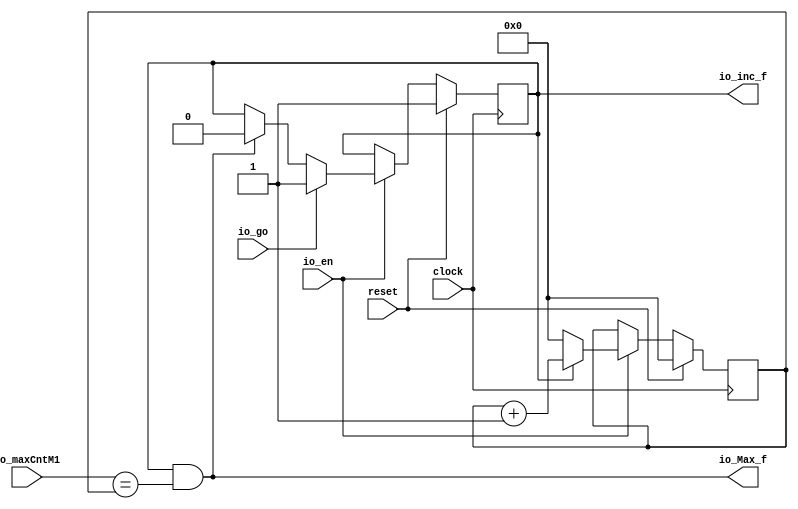
// Copyright (c) 2018  LulinChen, All Rights Reserved
// AUTHOR'S EMAIL : lulinchen@aliyun.com 
// Release history
// VERSION Date AUTHOR DESCRIPTION

module DmtCnt0( // @[:@3.2]
  input         clock, // @[:@4.4]
  input         reset, // @[:@5.4]
  input         io_en, // @[:@6.4]
  input         io_go, // @[:@6.4]
  input  [10:0] io_maxCntM1, // @[:@6.4]
  output        io_inc_f, // @[:@6.4]
  output        io_Max_f // @[:@6.4]
);
  reg [10:0] cnt_reg; // @[monitor.scala 37:26:@8.4]
  reg [31:0] _RAND_0;
  reg  inc_f_reg; // @[monitor.scala 38:28:@9.4]
  reg [31:0] _RAND_1;
  wire  _GEN_0; // @[monitor.scala 42:33:@15.8]
  wire  _GEN_1; // @[monitor.scala 41:21:@11.6]
  wire [11:0] _T_18; // @[monitor.scala 43:43:@18.6]
  wire [10:0] _T_19; // @[monitor.scala 43:43:@19.6]
  wire [10:0] _T_21; // @[monitor.scala 43:23:@20.6]
  wire  _GEN_2; // @[monitor.scala 40:17:@10.4]
  wire [10:0] _GEN_3; // @[monitor.scala 40:17:@10.4]
  wire  _T_22; // @[monitor.scala 46:43:@23.4]
  assign _GEN_0 = io_Max_f ? 1'h0 : inc_f_reg; // @[monitor.scala 42:33:@15.8]
  assign _GEN_1 = io_go ? 1'h1 : _GEN_0; // @[monitor.scala 41:21:@11.6]
  assign _T_18 = cnt_reg + 11'h1; // @[monitor.scala 43:43:@18.6]
  assign _T_19 = _T_18[10:0]; // @[monitor.scala 43:43:@19.6]
  assign _T_21 = inc_f_reg ? _T_19 : 11'h0; // @[monitor.scala 43:23:@20.6]
  assign _GEN_2 = io_en ? _GEN_1 : inc_f_reg; // @[monitor.scala 40:17:@10.4]
  assign _GEN_3 = io_en ? _T_21 : cnt_reg; // @[monitor.scala 40:17:@10.4]
  assign _T_22 = io_maxCntM1 == cnt_reg; // @[monitor.scala 46:43:@23.4]
  assign io_inc_f = inc_f_reg; // @[monitor.scala 49:14:@32.4]
  assign io_Max_f = inc_f_reg & _T_22; // @[monitor.scala 46:14:@25.4]
`ifdef RANDOMIZE_GARBAGE_ASSIGN
`define RANDOMIZE
`endif
`ifdef RANDOMIZE_INVALID_ASSIGN
`define RANDOMIZE
`endif
`ifdef RANDOMIZE_REG_INIT
`define RANDOMIZE
`endif
`ifdef RANDOMIZE_MEM_INIT
`define RANDOMIZE
`endif
`ifndef RANDOM
`define RANDOM $random
`endif
`ifdef RANDOMIZE
  integer initvar;
  initial begin
    `ifdef INIT_RANDOM
      `INIT_RANDOM
    `endif
    `ifndef VERILATOR
      `ifdef RANDOMIZE_DELAY
        #`RANDOMIZE_DELAY begin end
      `else
        #0.002 begin end
      `endif
    `endif
  `ifdef RANDOMIZE_REG_INIT
  _RAND_0 = {1{`RANDOM}};
  cnt_reg = _RAND_0[10:0];
  `endif // RANDOMIZE_REG_INIT
  `ifdef RANDOMIZE_REG_INIT
  _RAND_1 = {1{`RANDOM}};
  inc_f_reg = _RAND_1[0:0];
  `endif // RANDOMIZE_REG_INIT
  end
`endif // RANDOMIZE
  always @(posedge clock) begin
    if (reset) begin
      cnt_reg <= 11'h0;
    end else begin
      if (io_en) begin
        if (inc_f_reg) begin
          cnt_reg <= _T_19;
        end else begin
          cnt_reg <= 11'h0;
        end
      end
    end
    if (reset) begin
      inc_f_reg <= 1'h1;
    end else begin
      if (io_en) begin
        if (io_go) begin
          inc_f_reg <= 1'h1;
        end else begin
          if (io_Max_f) begin
            inc_f_reg <= 1'h0;
          end
        end
      end
    end
  end
endmodule
module DmtCnt( // @[:@34.2]
  input         clock, // @[:@35.4]
  input         reset, // @[:@36.4]
  input         io_en, // @[:@37.4]
  input         io_go, // @[:@37.4]
  input  [10:0] io_maxCntM1, // @[:@37.4]
  output [10:0] io_cnt, // @[:@37.4]
  output        io_inc_f, // @[:@37.4]
  output        io_Max_f // @[:@37.4]
);
  reg [10:0] cnt_reg; // @[monitor.scala 19:26:@39.4]
  reg [31:0] _RAND_0;
  reg  inc_f_reg; // @[monitor.scala 20:28:@40.4]
  reg [31:0] _RAND_1;
  wire  _GEN_0; // @[monitor.scala 24:29:@46.8]
  wire  _GEN_1; // @[monitor.scala 23:21:@42.6]
  wire [11:0] _T_18; // @[monitor.scala 25:43:@49.6]
  wire [10:0] _T_19; // @[monitor.scala 25:43:@50.6]
  wire [10:0] _T_21; // @[monitor.scala 25:23:@51.6]
  wire  _GEN_2; // @[monitor.scala 22:17:@41.4]
  wire [10:0] _GEN_3; // @[monitor.scala 22:17:@41.4]
  wire  _T_22; // @[monitor.scala 28:43:@54.4]
  assign _GEN_0 = io_Max_f ? 1'h0 : inc_f_reg; // @[monitor.scala 24:29:@46.8]
  assign _GEN_1 = io_go ? 1'h1 : _GEN_0; // @[monitor.scala 23:21:@42.6]
  assign _T_18 = cnt_reg + 11'h1; // @[monitor.scala 25:43:@49.6]
  assign _T_19 = _T_18[10:0]; // @[monitor.scala 25:43:@50.6]
  assign _T_21 = inc_f_reg ? _T_19 : 11'h0; // @[monitor.scala 25:23:@51.6]
  assign _GEN_2 = io_en ? _GEN_1 : inc_f_reg; // @[monitor.scala 22:17:@41.4]
  assign _GEN_3 = io_en ? _T_21 : cnt_reg; // @[monitor.scala 22:17:@41.4]
  assign _T_22 = io_maxCntM1 == cnt_reg; // @[monitor.scala 28:43:@54.4]
  assign io_cnt = cnt_reg; // @[monitor.scala 30:12:@62.4]
  assign io_inc_f = inc_f_reg; // @[monitor.scala 31:14:@63.4]
  assign io_Max_f = inc_f_reg & _T_22; // @[monitor.scala 28:14:@56.4]
`ifdef RANDOMIZE_GARBAGE_ASSIGN
`define RANDOMIZE
`endif
`ifdef RANDOMIZE_INVALID_ASSIGN
`define RANDOMIZE
`endif
`ifdef RANDOMIZE_REG_INIT
`define RANDOMIZE
`endif
`ifdef RANDOMIZE_MEM_INIT
`define RANDOMIZE
`endif
`ifndef RANDOM
`define RANDOM $random
`endif
`ifdef RANDOMIZE
  integer initvar;
  initial begin
    `ifdef INIT_RANDOM
      `INIT_RANDOM
    `endif
    `ifndef VERILATOR
      `ifdef RANDOMIZE_DELAY
        #`RANDOMIZE_DELAY begin end
      `else
        #0.002 begin end
      `endif
    `endif
  `ifdef RANDOMIZE_REG_INIT
  _RAND_0 = {1{`RANDOM}};
  cnt_reg = _RAND_0[10:0];
  `endif // RANDOMIZE_REG_INIT
  `ifdef RANDOMIZE_REG_INIT
  _RAND_1 = {1{`RANDOM}};
  inc_f_reg = _RAND_1[0:0];
  `endif // RANDOMIZE_REG_INIT
  end
`endif // RANDOMIZE
  always @(posedge clock) begin
    if (reset) begin
      cnt_reg <= 11'h0;
    end else begin
      if (io_en) begin
        if (inc_f_reg) begin
          cnt_reg <= _T_19;
        end else begin
          cnt_reg <= 11'h0;
        end
      end
    end
    if (reset) begin
      inc_f_reg <= 1'h0;
    end else begin
      if (io_en) begin
        if (io_go) begin
          inc_f_reg <= 1'h1;
        end else begin
          if (io_Max_f) begin
            inc_f_reg <= 1'h0;
          end
        end
      end
    end
  end
endmodule
module monitor( // @[:@251.2]
  input         clock, // @[:@252.4]
  input         reset, // @[:@253.4]
  input         io_en, // @[:@254.4]
  input  [10:0] io_hfp_m1, // @[:@254.4]
  input  [10:0] io_hs_m1, // @[:@254.4]
  input  [10:0] io_hbp_m1, // @[:@254.4]
  input  [10:0] io_width_m1, // @[:@254.4]
  input  [10:0] io_vfp_m1, // @[:@254.4]
  input  [10:0] io_vs_m1, // @[:@254.4]
  input  [10:0] io_vbp_m1, // @[:@254.4]
  input  [10:0] io_height_m1, // @[:@254.4]
  output [10:0] io_cnt_h, // @[:@254.4]
  output [10:0] io_cnt_v, // @[:@254.4]
  output        io_vsync, // @[:@254.4]
  output        io_hsync, // @[:@254.4]
  output        io_de // @[:@254.4]
);
  wire  dmtc_hfp_clock; // @[monitor.scala 94:26:@273.4]
  wire  dmtc_hfp_reset; // @[monitor.scala 94:26:@273.4]
  wire  dmtc_hfp_io_en; // @[monitor.scala 94:26:@273.4]
  wire  dmtc_hfp_io_go; // @[monitor.scala 94:26:@273.4]
  wire [10:0] dmtc_hfp_io_maxCntM1; // @[monitor.scala 94:26:@273.4]
  wire  dmtc_hfp_io_inc_f; // @[monitor.scala 94:26:@273.4]
  wire  dmtc_hfp_io_Max_f; // @[monitor.scala 94:26:@273.4]
  wire  dmtc_hs_clock; // @[monitor.scala 95:26:@276.4]
  wire  dmtc_hs_reset; // @[monitor.scala 95:26:@276.4]
  wire  dmtc_hs_io_en; // @[monitor.scala 95:26:@276.4]
  wire  dmtc_hs_io_go; // @[monitor.scala 95:26:@276.4]
  wire [10:0] dmtc_hs_io_maxCntM1; // @[monitor.scala 95:26:@276.4]
  wire [10:0] dmtc_hs_io_cnt; // @[monitor.scala 95:26:@276.4]
  wire  dmtc_hs_io_inc_f; // @[monitor.scala 95:26:@276.4]
  wire  dmtc_hs_io_Max_f; // @[monitor.scala 95:26:@276.4]
  wire  dmtc_hbp_clock; // @[monitor.scala 96:26:@279.4]
  wire  dmtc_hbp_reset; // @[monitor.scala 96:26:@279.4]
  wire  dmtc_hbp_io_en; // @[monitor.scala 96:26:@279.4]
  wire  dmtc_hbp_io_go; // @[monitor.scala 96:26:@279.4]
  wire [10:0] dmtc_hbp_io_maxCntM1; // @[monitor.scala 96:26:@279.4]
  wire [10:0] dmtc_hbp_io_cnt; // @[monitor.scala 96:26:@279.4]
  wire  dmtc_hbp_io_inc_f; // @[monitor.scala 96:26:@279.4]
  wire  dmtc_hbp_io_Max_f; // @[monitor.scala 96:26:@279.4]
  wire  dmtc_h_clock; // @[monitor.scala 97:26:@282.4]
  wire  dmtc_h_reset; // @[monitor.scala 97:26:@282.4]
  wire  dmtc_h_io_en; // @[monitor.scala 97:26:@282.4]
  wire  dmtc_h_io_go; // @[monitor.scala 97:26:@282.4]
  wire [10:0] dmtc_h_io_maxCntM1; // @[monitor.scala 97:26:@282.4]
  wire [10:0] dmtc_h_io_cnt; // @[monitor.scala 97:26:@282.4]
  wire  dmtc_h_io_inc_f; // @[monitor.scala 97:26:@282.4]
  wire  dmtc_h_io_Max_f; // @[monitor.scala 97:26:@282.4]
  wire  dmtc_vfp_clock; // @[monitor.scala 99:26:@285.4]
  wire  dmtc_vfp_reset; // @[monitor.scala 99:26:@285.4]
  wire  dmtc_vfp_io_en; // @[monitor.scala 99:26:@285.4]
  wire  dmtc_vfp_io_go; // @[monitor.scala 99:26:@285.4]
  wire [10:0] dmtc_vfp_io_maxCntM1; // @[monitor.scala 99:26:@285.4]
  wire  dmtc_vfp_io_inc_f; // @[monitor.scala 99:26:@285.4]
  wire  dmtc_vfp_io_Max_f; // @[monitor.scala 99:26:@285.4]
  wire  dmtc_vs_clock; // @[monitor.scala 100:26:@288.4]
  wire  dmtc_vs_reset; // @[monitor.scala 100:26:@288.4]
  wire  dmtc_vs_io_en; // @[monitor.scala 100:26:@288.4]
  wire  dmtc_vs_io_go; // @[monitor.scala 100:26:@288.4]
  wire [10:0] dmtc_vs_io_maxCntM1; // @[monitor.scala 100:26:@288.4]
  wire [10:0] dmtc_vs_io_cnt; // @[monitor.scala 100:26:@288.4]
  wire  dmtc_vs_io_inc_f; // @[monitor.scala 100:26:@288.4]
  wire  dmtc_vs_io_Max_f; // @[monitor.scala 100:26:@288.4]
  wire  dmtc_vbp_clock; // @[monitor.scala 101:26:@291.4]
  wire  dmtc_vbp_reset; // @[monitor.scala 101:26:@291.4]
  wire  dmtc_vbp_io_en; // @[monitor.scala 101:26:@291.4]
  wire  dmtc_vbp_io_go; // @[monitor.scala 101:26:@291.4]
  wire [10:0] dmtc_vbp_io_maxCntM1; // @[monitor.scala 101:26:@291.4]
  wire [10:0] dmtc_vbp_io_cnt; // @[monitor.scala 101:26:@291.4]
  wire  dmtc_vbp_io_inc_f; // @[monitor.scala 101:26:@291.4]
  wire  dmtc_vbp_io_Max_f; // @[monitor.scala 101:26:@291.4]
  wire  dmtc_v_clock; // @[monitor.scala 102:26:@294.4]
  wire  dmtc_v_reset; // @[monitor.scala 102:26:@294.4]
  wire  dmtc_v_io_en; // @[monitor.scala 102:26:@294.4]
  wire  dmtc_v_io_go; // @[monitor.scala 102:26:@294.4]
  wire [10:0] dmtc_v_io_maxCntM1; // @[monitor.scala 102:26:@294.4]
  wire [10:0] dmtc_v_io_cnt; // @[monitor.scala 102:26:@294.4]
  wire  dmtc_v_io_inc_f; // @[monitor.scala 102:26:@294.4]
  wire  dmtc_v_io_Max_f; // @[monitor.scala 102:26:@294.4]
  wire  cnt_hfp_inc_f; // @[monitor.scala 79:29:@261.4 monitor.scala 121:20:@309.4]
  wire  _T_51; // @[monitor.scala 157:13:@337.4]
  reg  _T_53; // @[monitor.scala 157:37:@338.4]
  reg [31:0] _RAND_0;
  reg  hsync_reg; // @[monitor.scala 158:29:@342.4]
  reg [31:0] _RAND_1;
  wire  cnt_h_inc_f; // @[monitor.scala 82:27:@264.4 monitor.scala 124:20:@312.4]
  wire  cnt_v_inc_f; // @[monitor.scala 92:29:@272.4 monitor.scala 144:20:@328.4]
  reg  de_reg; // @[monitor.scala 159:26:@345.4]
  reg [31:0] _RAND_2;
  reg [10:0] _T_59; // @[monitor.scala 164:24:@350.4]
  reg [31:0] _RAND_3;
  reg [10:0] _T_61; // @[monitor.scala 165:24:@353.4]
  reg [31:0] _RAND_4;
  DmtCnt0 dmtc_hfp ( // @[monitor.scala 94:26:@273.4]
    .clock(dmtc_hfp_clock),
    .reset(dmtc_hfp_reset),
    .io_en(dmtc_hfp_io_en),
    .io_go(dmtc_hfp_io_go),
    .io_maxCntM1(dmtc_hfp_io_maxCntM1),
    .io_inc_f(dmtc_hfp_io_inc_f),
    .io_Max_f(dmtc_hfp_io_Max_f)
  );
  DmtCnt dmtc_hs ( // @[monitor.scala 95:26:@276.4]
    .clock(dmtc_hs_clock),
    .reset(dmtc_hs_reset),
    .io_en(dmtc_hs_io_en),
    .io_go(dmtc_hs_io_go),
    .io_maxCntM1(dmtc_hs_io_maxCntM1),
    .io_cnt(dmtc_hs_io_cnt),
    .io_inc_f(dmtc_hs_io_inc_f),
    .io_Max_f(dmtc_hs_io_Max_f)
  );
  DmtCnt dmtc_hbp ( // @[monitor.scala 96:26:@279.4]
    .clock(dmtc_hbp_clock),
    .reset(dmtc_hbp_reset),
    .io_en(dmtc_hbp_io_en),
    .io_go(dmtc_hbp_io_go),
    .io_maxCntM1(dmtc_hbp_io_maxCntM1),
    .io_cnt(dmtc_hbp_io_cnt),
    .io_inc_f(dmtc_hbp_io_inc_f),
    .io_Max_f(dmtc_hbp_io_Max_f)
  );
  DmtCnt dmtc_h ( // @[monitor.scala 97:26:@282.4]
    .clock(dmtc_h_clock),
    .reset(dmtc_h_reset),
    .io_en(dmtc_h_io_en),
    .io_go(dmtc_h_io_go),
    .io_maxCntM1(dmtc_h_io_maxCntM1),
    .io_cnt(dmtc_h_io_cnt),
    .io_inc_f(dmtc_h_io_inc_f),
    .io_Max_f(dmtc_h_io_Max_f)
  );
  DmtCnt0 dmtc_vfp ( // @[monitor.scala 99:26:@285.4]
    .clock(dmtc_vfp_clock),
    .reset(dmtc_vfp_reset),
    .io_en(dmtc_vfp_io_en),
    .io_go(dmtc_vfp_io_go),
    .io_maxCntM1(dmtc_vfp_io_maxCntM1),
    .io_inc_f(dmtc_vfp_io_inc_f),
    .io_Max_f(dmtc_vfp_io_Max_f)
  );
  DmtCnt dmtc_vs ( // @[monitor.scala 100:26:@288.4]
    .clock(dmtc_vs_clock),
    .reset(dmtc_vs_reset),
    .io_en(dmtc_vs_io_en),
    .io_go(dmtc_vs_io_go),
    .io_maxCntM1(dmtc_vs_io_maxCntM1),
    .io_cnt(dmtc_vs_io_cnt),
    .io_inc_f(dmtc_vs_io_inc_f),
    .io_Max_f(dmtc_vs_io_Max_f)
  );
  DmtCnt dmtc_vbp ( // @[monitor.scala 101:26:@291.4]
    .clock(dmtc_vbp_clock),
    .reset(dmtc_vbp_reset),
    .io_en(dmtc_vbp_io_en),
    .io_go(dmtc_vbp_io_go),
    .io_maxCntM1(dmtc_vbp_io_maxCntM1),
    .io_cnt(dmtc_vbp_io_cnt),
    .io_inc_f(dmtc_vbp_io_inc_f),
    .io_Max_f(dmtc_vbp_io_Max_f)
  );
  DmtCnt dmtc_v ( // @[monitor.scala 102:26:@294.4]
    .clock(dmtc_v_clock),
    .reset(dmtc_v_reset),
    .io_en(dmtc_v_io_en),
    .io_go(dmtc_v_io_go),
    .io_maxCntM1(dmtc_v_io_maxCntM1),
    .io_cnt(dmtc_v_io_cnt),
    .io_inc_f(dmtc_v_io_inc_f),
    .io_Max_f(dmtc_v_io_Max_f)
  );
  assign cnt_hfp_inc_f = dmtc_hfp_io_inc_f; // @[monitor.scala 79:29:@261.4 monitor.scala 121:20:@309.4]
  assign _T_51 = cnt_hfp_inc_f == 1'h0; // @[monitor.scala 157:13:@337.4]
  assign cnt_h_inc_f = dmtc_h_io_inc_f; // @[monitor.scala 82:27:@264.4 monitor.scala 124:20:@312.4]
  assign cnt_v_inc_f = dmtc_v_io_inc_f; // @[monitor.scala 92:29:@272.4 monitor.scala 144:20:@328.4]
  assign io_cnt_h = _T_59; // @[monitor.scala 164:14:@352.4]
  assign io_cnt_v = _T_61; // @[monitor.scala 165:14:@355.4]
  assign io_vsync = dmtc_vs_io_inc_f; // @[monitor.scala 161:14:@348.4]
  assign io_hsync = hsync_reg; // @[monitor.scala 160:14:@347.4]
  assign io_de = de_reg; // @[monitor.scala 162:14:@349.4]
  assign dmtc_hfp_clock = clock; // @[:@274.4]
  assign dmtc_hfp_reset = reset; // @[:@275.4]
  assign dmtc_hfp_io_en = io_en; // @[monitor.scala 104:20:@297.4]
  assign dmtc_hfp_io_go = dmtc_h_io_Max_f; // @[monitor.scala 116:20:@305.4]
  assign dmtc_hfp_io_maxCntM1 = io_hfp_m1; // @[monitor.scala 110:26:@301.4]
  assign dmtc_hs_clock = clock; // @[:@277.4]
  assign dmtc_hs_reset = reset; // @[:@278.4]
  assign dmtc_hs_io_en = io_en; // @[monitor.scala 105:19:@298.4]
  assign dmtc_hs_io_go = dmtc_hfp_io_Max_f; // @[monitor.scala 117:20:@306.4]
  assign dmtc_hs_io_maxCntM1 = io_hs_m1; // @[monitor.scala 111:26:@302.4]
  assign dmtc_hbp_clock = clock; // @[:@280.4]
  assign dmtc_hbp_reset = reset; // @[:@281.4]
  assign dmtc_hbp_io_en = io_en; // @[monitor.scala 106:20:@299.4]
  assign dmtc_hbp_io_go = dmtc_hs_io_Max_f; // @[monitor.scala 118:20:@307.4]
  assign dmtc_hbp_io_maxCntM1 = io_hbp_m1; // @[monitor.scala 112:26:@303.4]
  assign dmtc_h_clock = clock; // @[:@283.4]
  assign dmtc_h_reset = reset; // @[:@284.4]
  assign dmtc_h_io_en = io_en; // @[monitor.scala 107:18:@300.4]
  assign dmtc_h_io_go = dmtc_hbp_io_Max_f; // @[monitor.scala 119:20:@308.4]
  assign dmtc_h_io_maxCntM1 = io_width_m1; // @[monitor.scala 113:26:@304.4]
  assign dmtc_vfp_clock = clock; // @[:@286.4]
  assign dmtc_vfp_reset = reset; // @[:@287.4]
  assign dmtc_vfp_io_en = _T_51 & _T_53; // @[monitor.scala 126:20:@313.4]
  assign dmtc_vfp_io_go = dmtc_v_io_Max_f; // @[monitor.scala 136:20:@321.4]
  assign dmtc_vfp_io_maxCntM1 = io_vfp_m1; // @[monitor.scala 131:29:@317.4]
  assign dmtc_vs_clock = clock; // @[:@289.4]
  assign dmtc_vs_reset = reset; // @[:@290.4]
  assign dmtc_vs_io_en = _T_51 & _T_53; // @[monitor.scala 127:19:@314.4]
  assign dmtc_vs_io_go = dmtc_vfp_io_Max_f; // @[monitor.scala 137:20:@322.4]
  assign dmtc_vs_io_maxCntM1 = io_vs_m1; // @[monitor.scala 132:29:@318.4]
  assign dmtc_vbp_clock = clock; // @[:@292.4]
  assign dmtc_vbp_reset = reset; // @[:@293.4]
  assign dmtc_vbp_io_en = _T_51 & _T_53; // @[monitor.scala 128:20:@315.4]
  assign dmtc_vbp_io_go = dmtc_vs_io_Max_f; // @[monitor.scala 138:20:@323.4]
  assign dmtc_vbp_io_maxCntM1 = io_vbp_m1; // @[monitor.scala 133:29:@319.4]
  assign dmtc_v_clock = clock; // @[:@295.4]
  assign dmtc_v_reset = reset; // @[:@296.4]
  assign dmtc_v_io_en = _T_51 & _T_53; // @[monitor.scala 129:18:@316.4]
  assign dmtc_v_io_go = dmtc_vbp_io_Max_f; // @[monitor.scala 139:20:@324.4]
  assign dmtc_v_io_maxCntM1 = io_height_m1; // @[monitor.scala 134:29:@320.4]
`ifdef RANDOMIZE_GARBAGE_ASSIGN
`define RANDOMIZE
`endif
`ifdef RANDOMIZE_INVALID_ASSIGN
`define RANDOMIZE
`endif
`ifdef RANDOMIZE_REG_INIT
`define RANDOMIZE
`endif
`ifdef RANDOMIZE_MEM_INIT
`define RANDOMIZE
`endif
`ifndef RANDOM
`define RANDOM $random
`endif
`ifdef RANDOMIZE
  integer initvar;
  initial begin
    `ifdef INIT_RANDOM
      `INIT_RANDOM
    `endif
    `ifndef VERILATOR
      `ifdef RANDOMIZE_DELAY
        #`RANDOMIZE_DELAY begin end
      `else
        #0.002 begin end
      `endif
    `endif
  `ifdef RANDOMIZE_REG_INIT
  _RAND_0 = {1{`RANDOM}};
  _T_53 = _RAND_0[0:0];
  `endif // RANDOMIZE_REG_INIT
  `ifdef RANDOMIZE_REG_INIT
  _RAND_1 = {1{`RANDOM}};
  hsync_reg = _RAND_1[0:0];
  `endif // RANDOMIZE_REG_INIT
  `ifdef RANDOMIZE_REG_INIT
  _RAND_2 = {1{`RANDOM}};
  de_reg = _RAND_2[0:0];
  `endif // RANDOMIZE_REG_INIT
  `ifdef RANDOMIZE_REG_INIT
  _RAND_3 = {1{`RANDOM}};
  _T_59 = _RAND_3[10:0];
  `endif // RANDOMIZE_REG_INIT
  `ifdef RANDOMIZE_REG_INIT
  _RAND_4 = {1{`RANDOM}};
  _T_61 = _RAND_4[10:0];
  `endif // RANDOMIZE_REG_INIT
  end
`endif // RANDOMIZE
  always @(posedge clock) begin
    _T_53 <= dmtc_hfp_io_inc_f;
    hsync_reg <= dmtc_hs_io_inc_f;
    de_reg <= cnt_h_inc_f & cnt_v_inc_f;
    _T_59 <= dmtc_h_io_cnt;
    _T_61 <= dmtc_v_io_cnt;
  end
endmodule